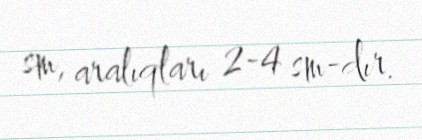
sm, aralıqları 2-4 sm-dır.